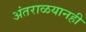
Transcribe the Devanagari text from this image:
अंतराळयानही